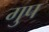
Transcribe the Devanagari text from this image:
गुप